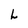
Character: L